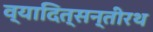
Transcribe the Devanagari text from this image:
व्यादित्सन्तीरथ